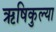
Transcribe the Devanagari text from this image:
ऋषिकुल्या